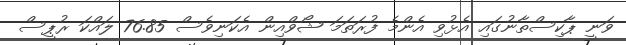
ވަނީ ޕާކިސްތާނުގައި އެޅުވި އެންމެ ފުރަތަމަ ޝޯވްއިން އެކަނިވެސް 76.85 ލައްކަ ރުޕީސް